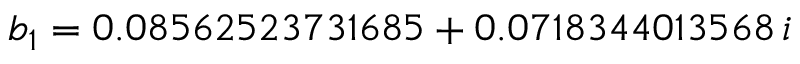
b _ { 1 } = 0 . 0 8 5 6 2 5 2 3 7 3 1 6 8 5 + 0 . 0 7 1 8 3 4 4 0 1 3 5 6 8 \, i